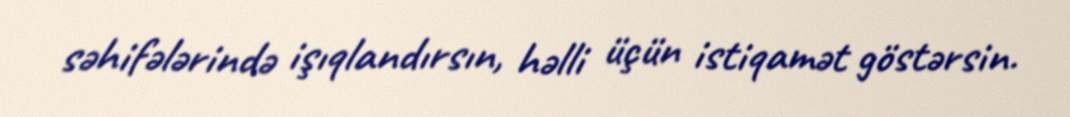
səhifələrində işıqlandırsın, həlli üçün istiqamət göstərsin.